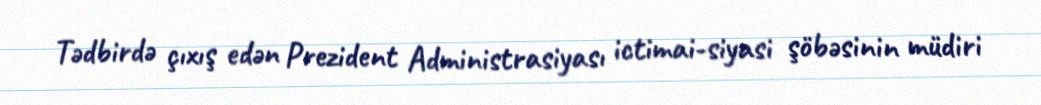
Tədbirdə çıxış edən Prezident Administrasiyası ictimai-siyasi şöbəsinin müdiri